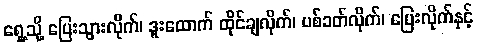
ရှေ့သို့ ပြေးသွားလိုက်၊ ဒူးထောက် ထိုင်ချလိုက်၊ ပစ်ခတ်လိုက်၊ ပြေးလိုက်နှင့်